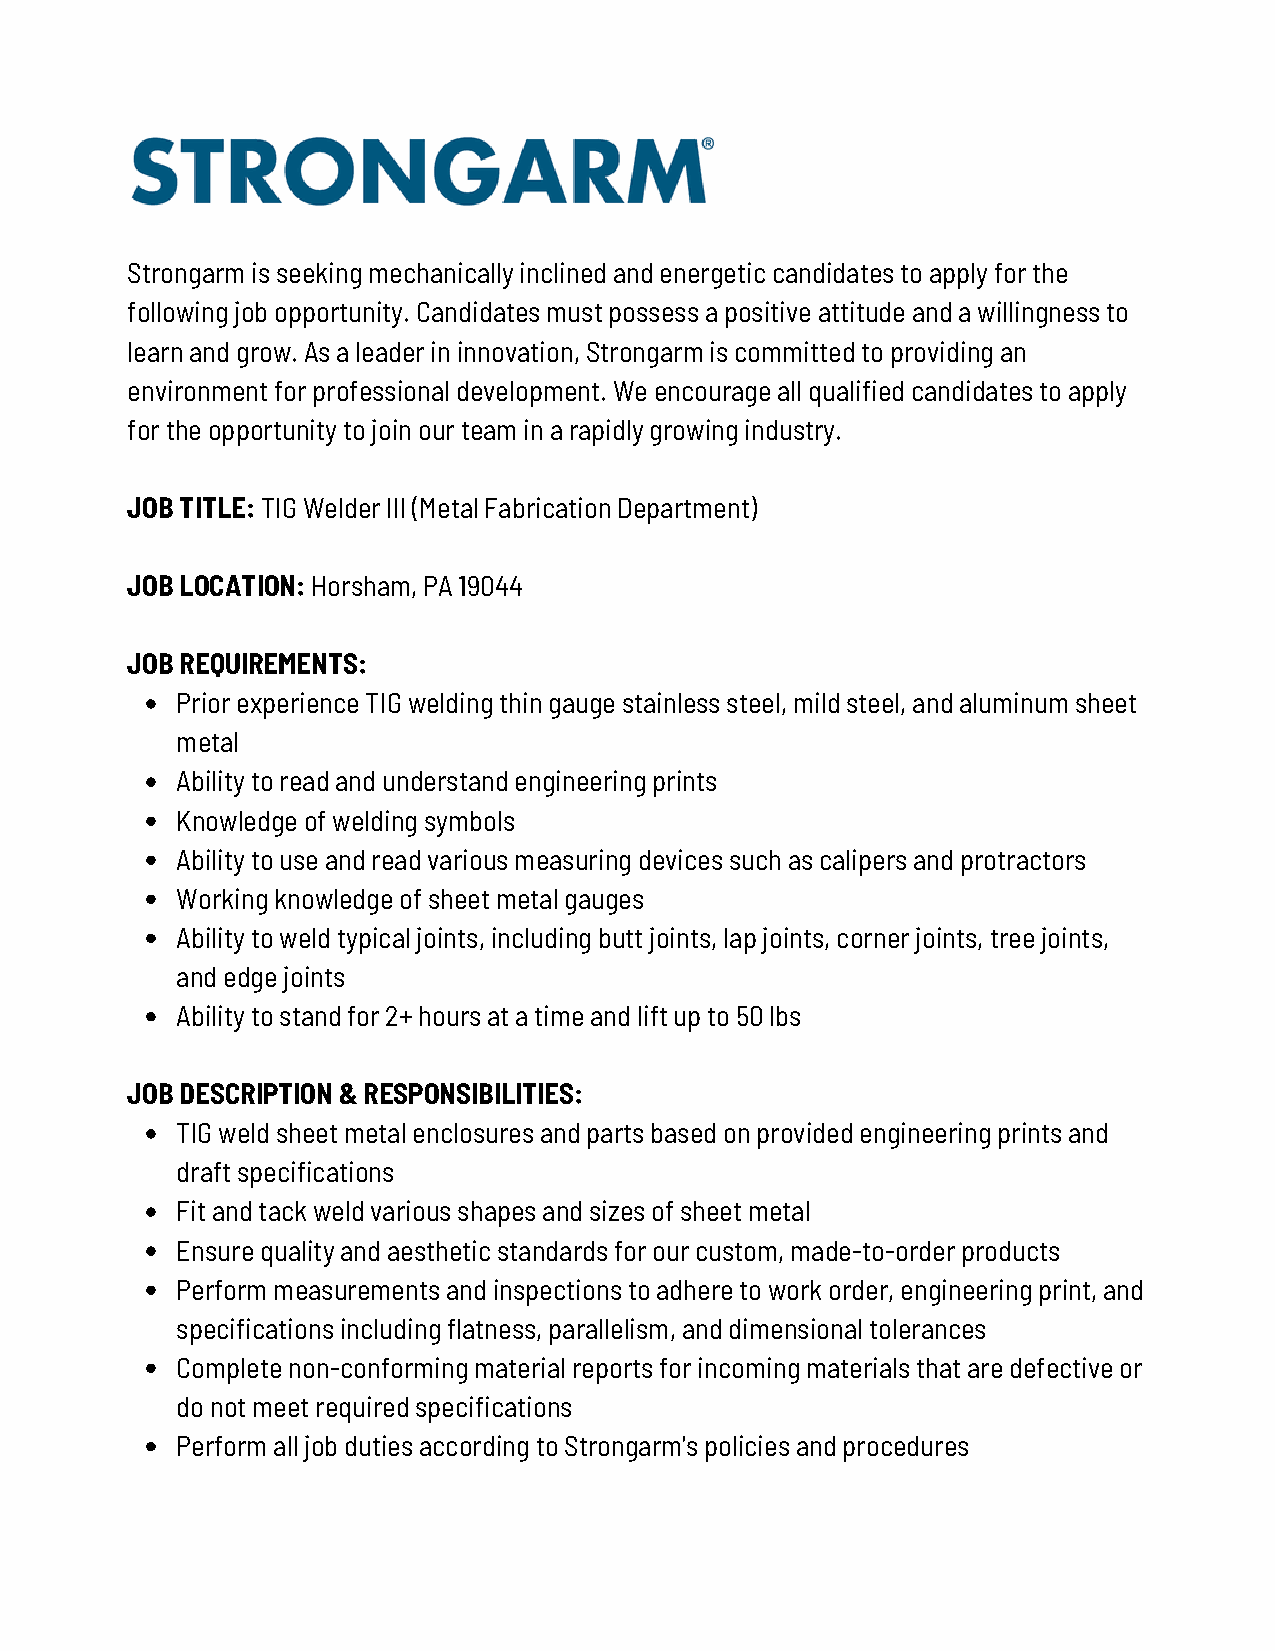
Strongarm is seeking mechanically inclined and energetic candidates to apply for the
 following job opportunity. Candidates must possess a positive attitude and a willingness to
 learn and grow. As a leader in innovation, Strongarm is committed to providing an
 environment for professional development. We encourage all qualified candidates to apply
 for the opportunity to join our team in a rapidly growing industry.
 JOB TITLE: TIG Welder III (Metal Fabrication Department)
 JOB LOCATION: Horsham, PA 19044
 JOB REQUIREMENTS:
 Prior experience TIG welding thin gauge stainless steel, mild steel, and aluminum sheet
 metal
 Ability to read and understand engineering prints
 Knowledge of welding symbols
 Ability to use and read various measuring devices such as calipers and protractors
 Working knowledge of sheet metal gauges
 Ability to weld typical joints, including butt joints, lap joints, corner joints, tree joints,
 and edge joints
 Ability to stand for 2+ hours at a time and lift up to 50 lbs
 JOB DESCRIPTION & RESPONSIBILITIES:
 TIG weld sheet metal enclosures and parts based on provided engineering prints and
 draft specifications
 Fit and tack weld various shapes and sizes of sheet metal
 Ensure quality and aesthetic standards for our custom, made-to-order products
 Perform measurements and inspections to adhere to work order, engineering print, and
 specifications including flatness, parallelism, and dimensional tolerances
 Complete non-conforming material reports for incoming materials that are defective or
 do not meet required specifications
 Perform all job duties according to Strongarm's policies and procedures